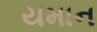
યમાન